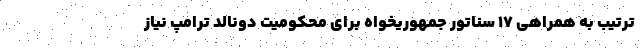
ترتیب به همراهی ۱۷ سناتور جمهوریخواه برای محکومیت دونالد ترامپ نیاز